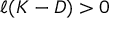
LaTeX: \ell ( K - D ) > 0